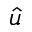
\hat { u }